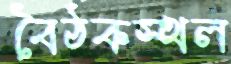
বৈঠকস্থল